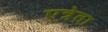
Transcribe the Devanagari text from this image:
एत्रेता